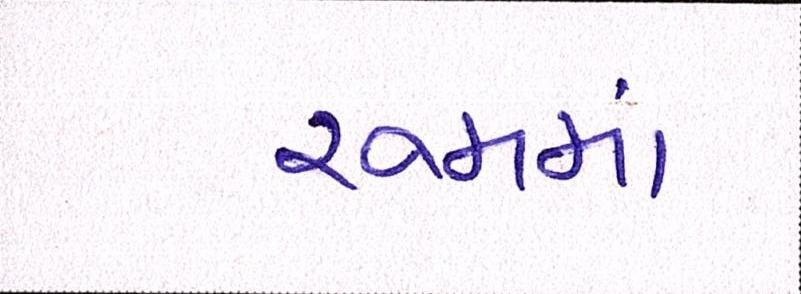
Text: રૂમમાં